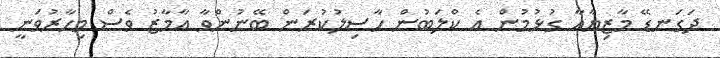
ދަގަނޑޭ މާޒިޔާއާ ގުޅުމުން އެ ކްލަބުން ހާސިލުކުރަން ބޭނުންވާ އާމާޒު ވެސް މިހާރުވަނީ